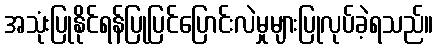
အသုံးပြုနိုင်ရန်ပြုပြင်ပြောင်းလဲမှုများပြုလုပ်ခဲ့ရသည်။